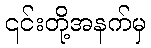
၎င်းတို့အနက်မှ